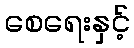
စေရေးနှင့်